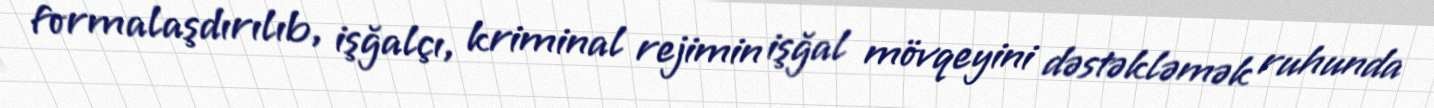
formalaşdırılıb, işğalçı, kriminal rejimin işğal mövqeyini dəstəkləmək ruhunda